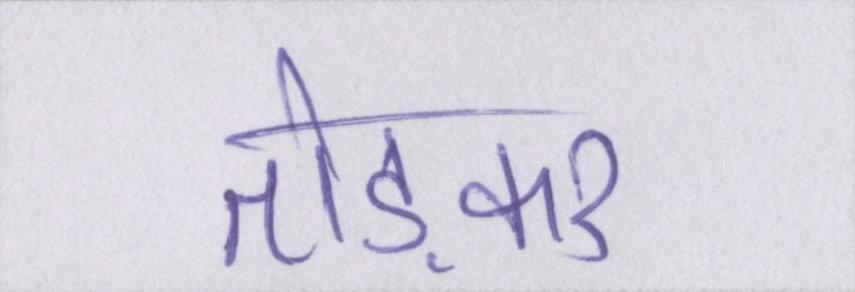
तोड़कर